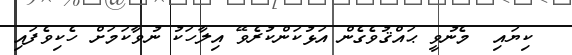
ކިޔައި  މެނުވީ ޙައްޤުވެގެން އަޅުކަންކުރެވޭ އިލާހަކު ނުވާކަމަށް ހެކިވެފައި